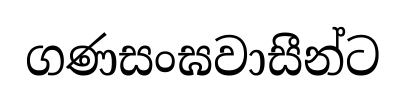
ගණසංඝවාසීන්ට